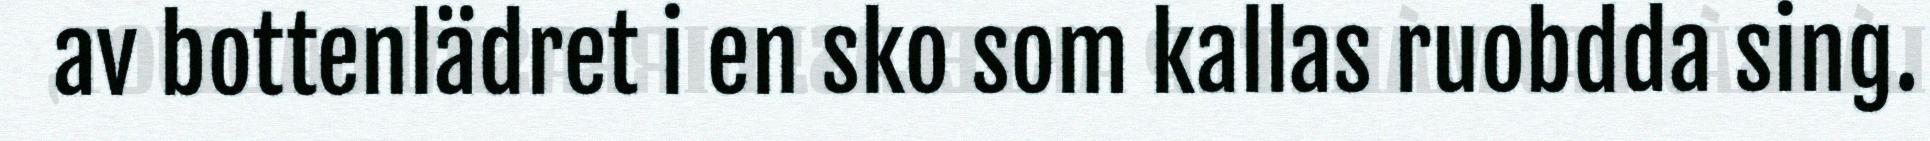
av bottenlädret i en sko som kallas ruobdda sing.